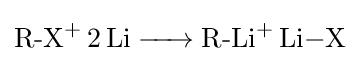
{\ce {{R-X}+ 2Li -> {R-Li}+ Li-X}}